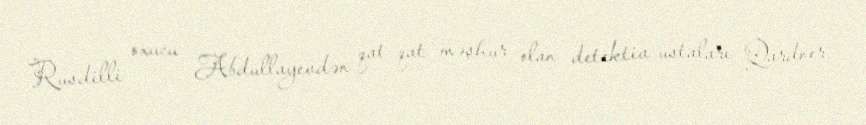
Rusdilli oxucu Abdullayevdən qat-qat məşhur olan detektiv ustaları Qardner,